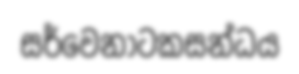
සර්වෙනාටකසන්ධය